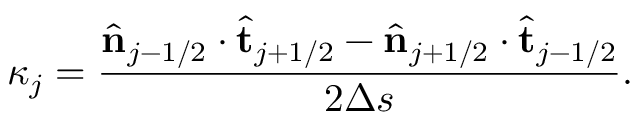
\kappa _ { j } = \frac { \hat { \bf { n } } _ { j - 1 / 2 } \cdot \hat { \bf { t } } _ { j + 1 / 2 } - \hat { \bf { n } } _ { j + 1 / 2 } \cdot \hat { \bf { t } } _ { j - 1 / 2 } } { 2 \Delta s } .